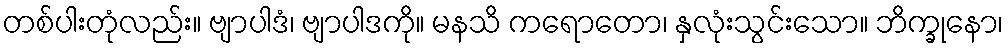
တစ်ပါးတုံလည်း။ ဗျာပါဒံ၊ ဗျာပါဒကို။ မနသိ ကရောတော၊ နှလုံးသွင်းသော။ ဘိက္ခုနော၊